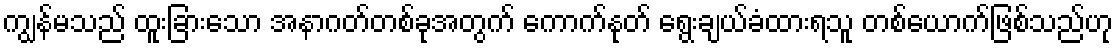
ကျွန်မသည် ထူးခြားသော အနာဂတ်တစ်ခုအတွက် ကောက်နုတ် ရွေးချယ်ခံထားရသူ တစ်ယောက်ဖြစ်သည်ဟု